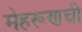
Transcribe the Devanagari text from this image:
मेहरूणची